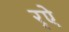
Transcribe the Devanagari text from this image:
र्‌ऐ